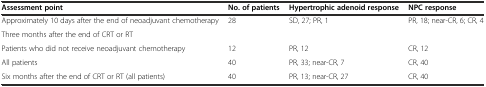
<table><thead><tr><td><b>Assessment point</b></td><td><b>No. of patients</b></td><td><b>Hypertrophic adenoid response</b></td><td><b>NPC response</b></td></tr></thead><tbody><tr><td>Approximately 10 days after the end of neoadjuvant chemotherapy</td><td>28</td><td>SD, 27; PR, 1</td><td>PR, 18; near-CR, 6; CR, 4</td></tr><tr><td>Three months after the end of CRT or RT</td><td></td><td></td><td></td></tr><tr><td>Patients who did not receive neoadjuvant chemotherapy</td><td>12</td><td>PR, 12</td><td>CR, 12</td></tr><tr><td>All patients</td><td>40</td><td>PR, 33; near-CR, 7</td><td>CR, 40</td></tr><tr><td>Six months after the end of CRT or RT (all patients)</td><td>40</td><td>PR, 13; near-CR, 27</td><td>CR, 40</td></tr></tbody></table>